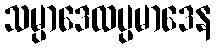
သမ္ပာဒေထပ္ပမာဒေန